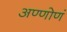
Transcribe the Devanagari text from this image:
अण्णोणं